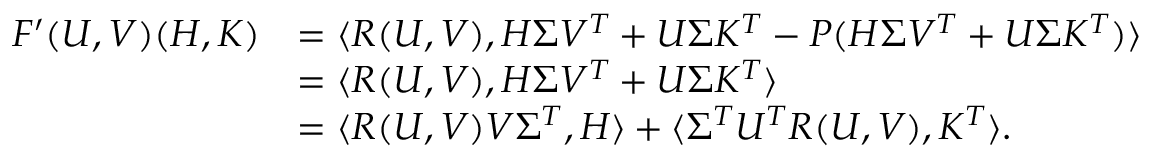
\begin{array} { r l } { F ^ { \prime } ( U , V ) ( H , K ) } & { = \langle R ( U , V ) , H \Sigma V ^ { T } + U \Sigma K ^ { T } - P ( H \Sigma V ^ { T } + U \Sigma K ^ { T } ) \rangle } \\ & { = \langle R ( U , V ) , H \Sigma V ^ { T } + U \Sigma K ^ { T } \rangle } \\ & { = \langle R ( U , V ) V \Sigma ^ { T } , H \rangle + \langle \Sigma ^ { T } U ^ { T } R ( U , V ) , K ^ { T } \rangle . } \end{array}